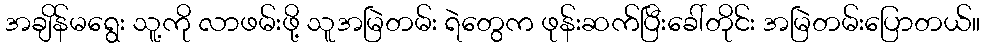
အချိန်မရွေး သူ့ကို လာဖမ်းဖို့ သူအမြဲတမ်း ရဲတွေက ဖုန်းဆက်ပြီးခေါ်တိုင်း အမြဲတမ်းပြောတယ်။